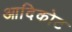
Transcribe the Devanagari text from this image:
आदिकोट